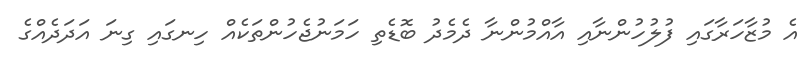
އެ މުޒާހަރާގައި ފުލުހުންނާއި އާއްމުންނާ ދެމެދު ބޮޑެތި ހަމަނުޖެހުންތަކެއް ހިނގައި ގިނަ އަދަދެއްގެ